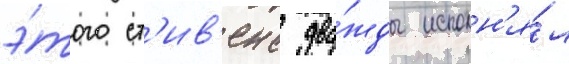
э́того ст'ив'енс два́жды исполн'я́л